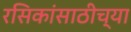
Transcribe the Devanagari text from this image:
रसिकांसाठीच्या